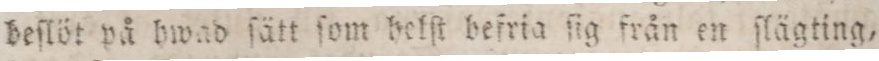
beſlöt på hwad ſätt ſom helſt befria ſig från en ſlägting,